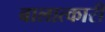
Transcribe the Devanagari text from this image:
बालात्कारी